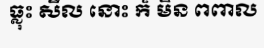
ធ្លុះ សីល នោះ ក៏ មិន ពពាល